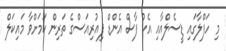
މި ހަފްލާގައި ޑީސެލްއާއި އެކު ފާސް އެންޑް ފިއުރިއަސްގެ ތަރިން ކަމަށްވާ މައިކަލް